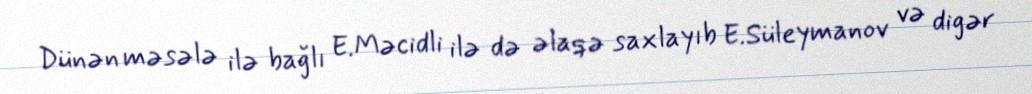
Dünən məsələ ilə bağlı E.Məcidli ilə də əlaqə saxlayıb E.Süleymanov və digər